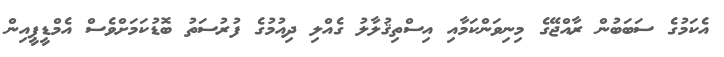
އެކަމުގެ ސަބަބުން ރާއްޖޭގެ މިނިވަންކަމާއި އިސްތިޤުލާލު ގެއްލި ދިއުމުގެ ފުރުސަތު ބޮޑުކަމަށްވެސް އެމްޑީޕީއިން